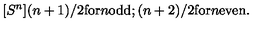
[ S ^ { n } ] ( n + 1 ) / 2 \mathrm { f o r } n \mathrm { o d d } ; ( n + 2 ) / 2 \mathrm { f o r } { } n \mathrm { e v e n } .